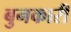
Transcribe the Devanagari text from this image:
बुनकारी